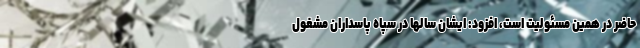
حاضر در همین مسئولیت است، افزود: ایشان سالها در سپاه پاسداران مشغول